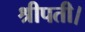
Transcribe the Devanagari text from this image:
श्रीपती।